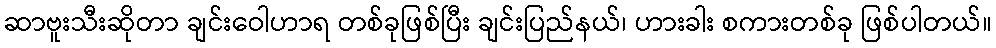
ဆာဗူးသီးဆိုတာ ချင်းဝေါဟာရ တစ်ခုဖြစ်ပြီး ချင်းပြည်နယ်၊ ဟားခါး စကားတစ်ခု ဖြစ်ပါတယ်။